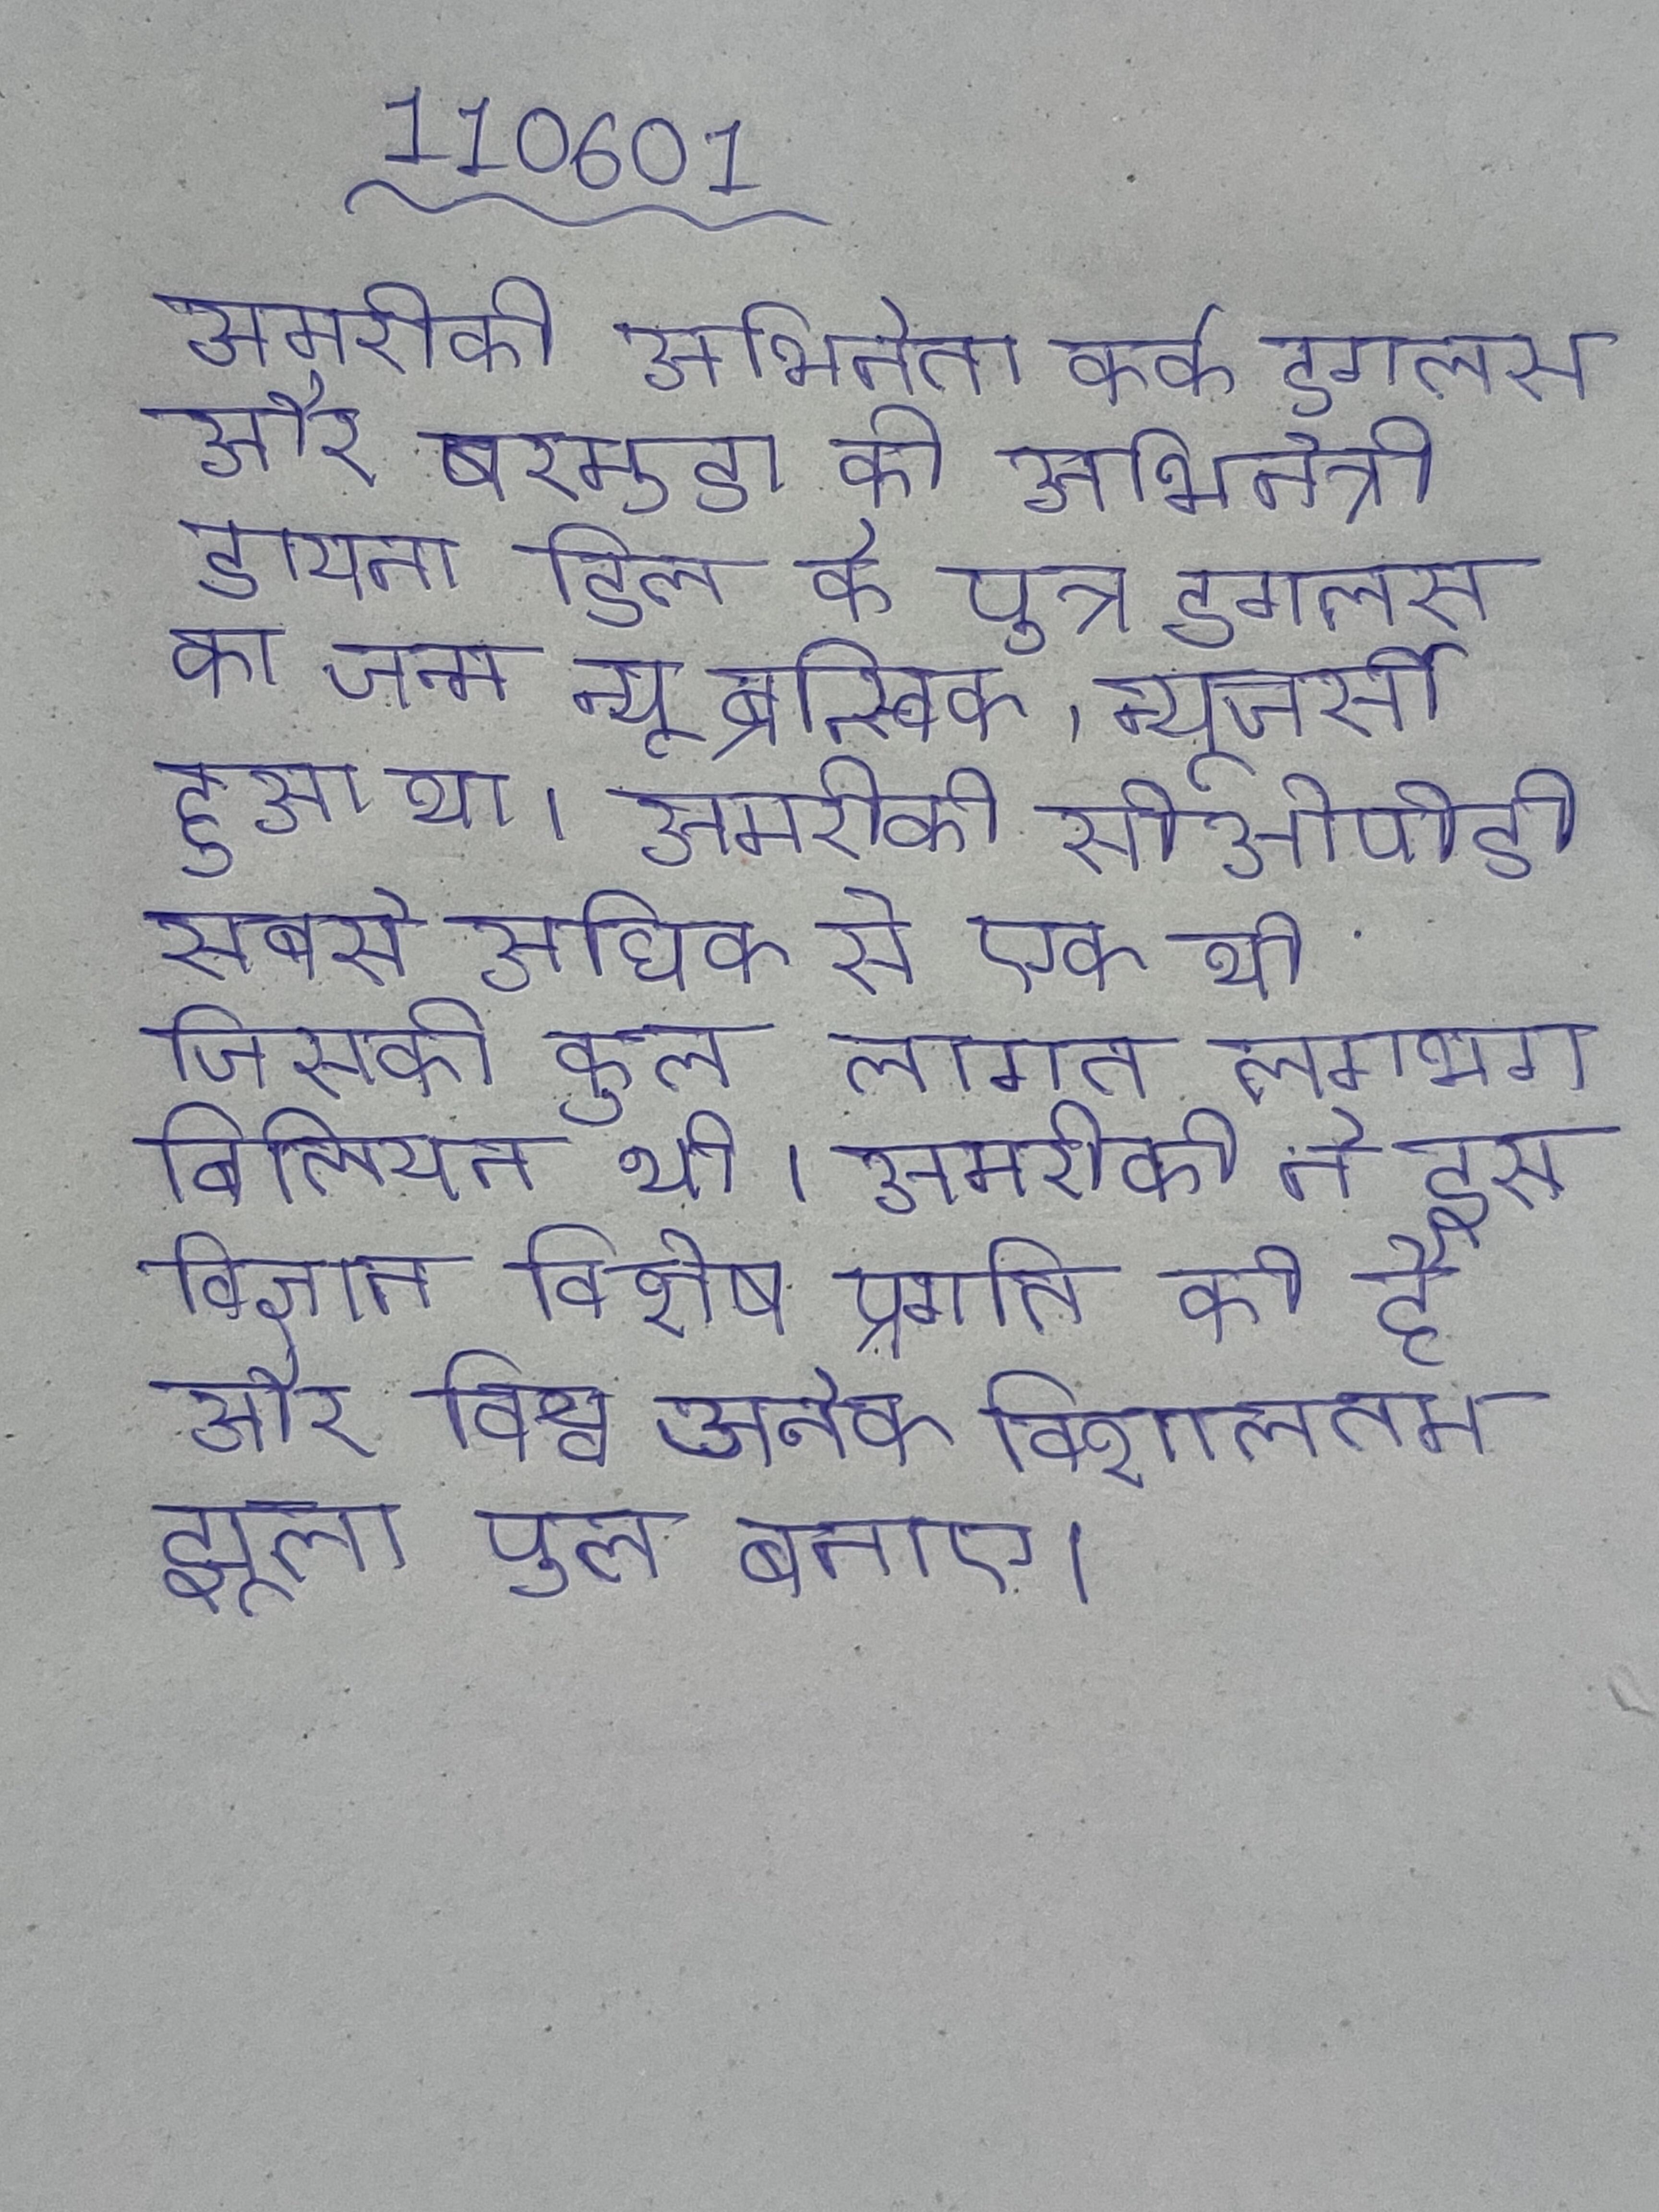
अमरीकी अभिनेता कर्क डगलस और बरमुडा की अभिनेत्री डायना डिल के पुत्र डगलस का जन्म न्यू ब्रन्स्विक, न्यूजर्सी हुआ था । अमरीकी सीओपीडी सबसे अधिक से एक थी जिसकी कुल लागत लगभग बिलियन थी । अमरीकी ने इस विज्ञान विशेष प्रगति की है और विश्व अनेक विशालतम झूला पुल बनाए ।